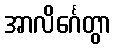
အာလိင်္ဂေတွာ